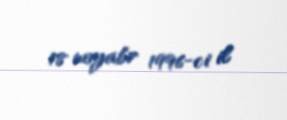
18 noyabr 1996-ci il